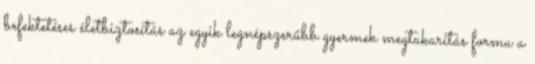
befektetéses életbiztosítás az egyik legnépszerűbb gyermek megtakarítás forma a